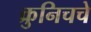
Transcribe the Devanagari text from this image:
क्रुनिचचे